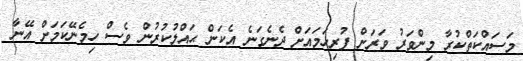
މަސައްކަތްކުރާ މިންވަރު ވަރަށް ފުރިހަމައަށް ދެނެގަނެ އެކަން ޙައްލުކުރުން ވެސް ހިމެނޭކަމަށް އޭނާ